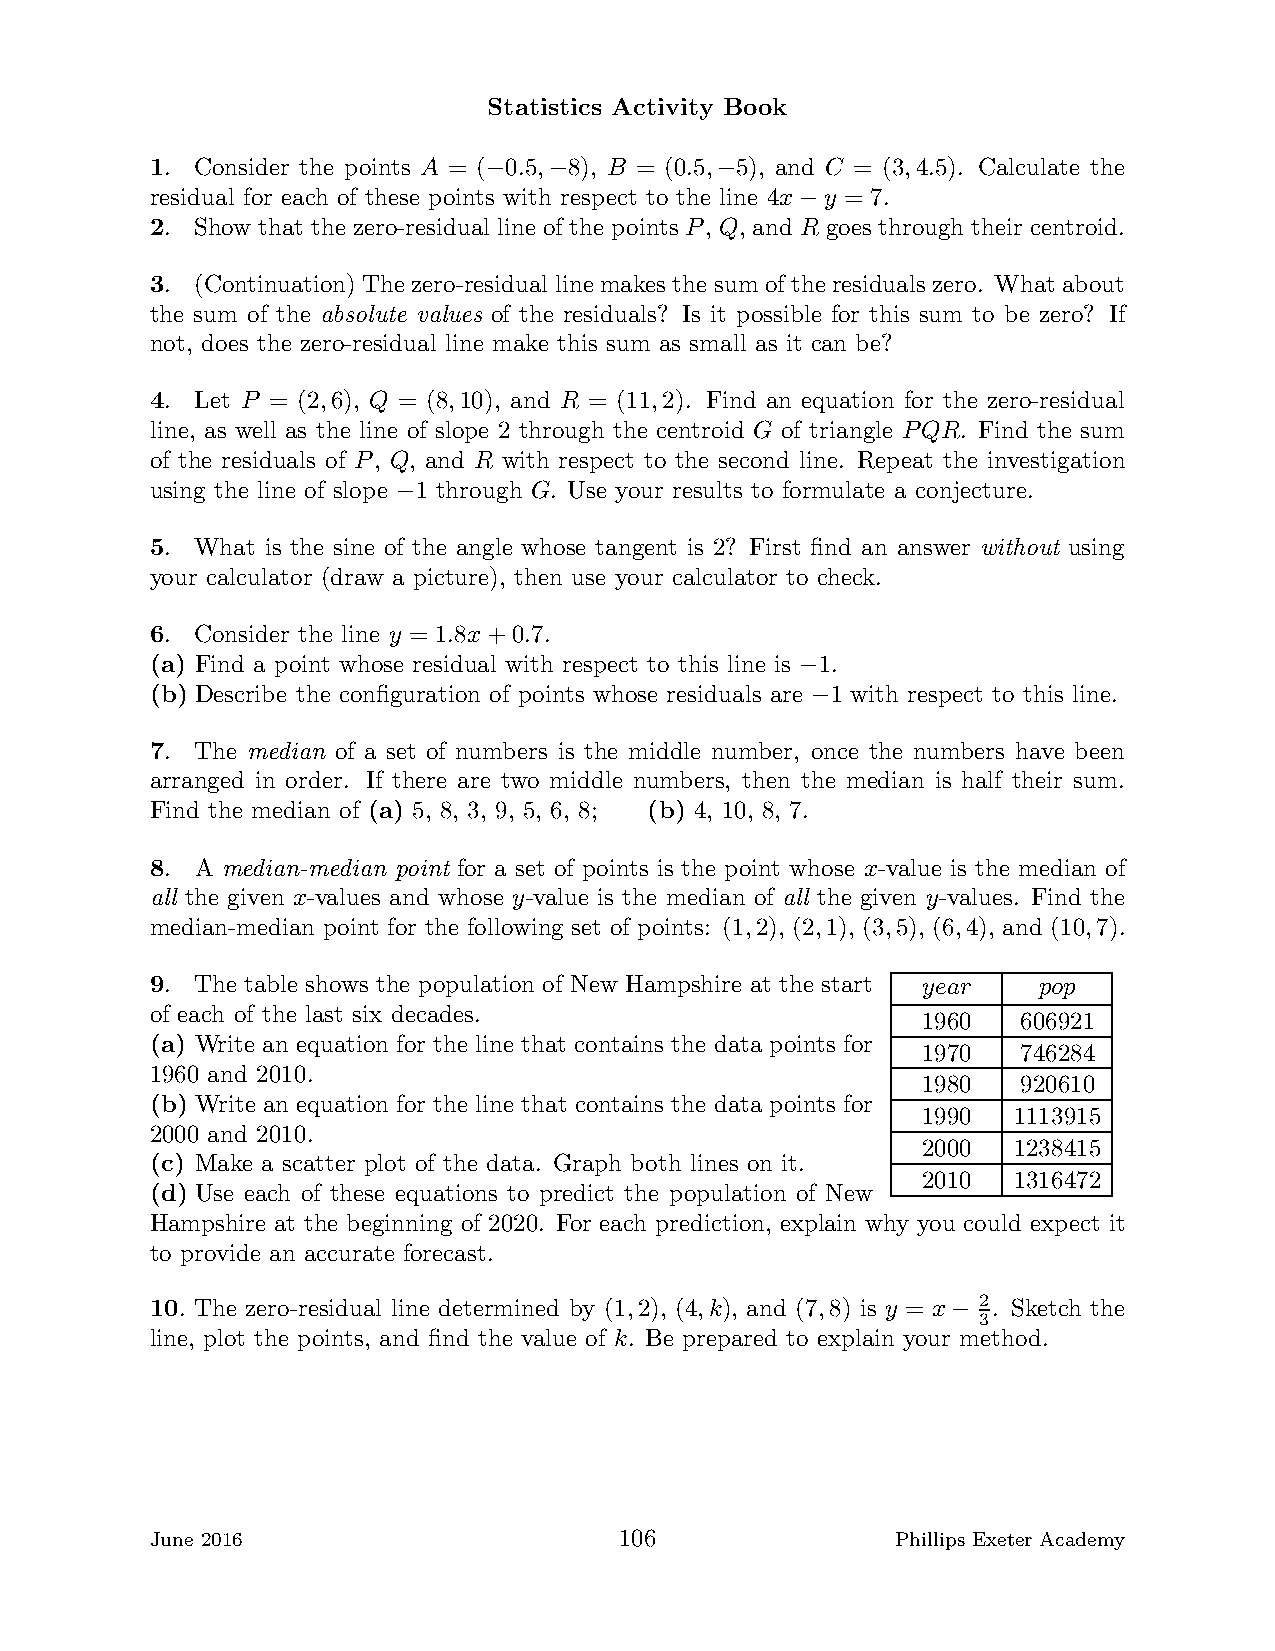
Statistics Activity Book
 1. Consider the points A = ( 0.5, 8), B = (0.5, 5), and C = (3,4.5). Calculate the
 −   −          −
 residual for each of these points with respect to the line 4x y = 7.
 −
 2. Show that the zero-residual line of the points P, Q, and R goes through their centroid.
 3. (Continuation) Thezero-residual linemakesthe sum ofthe residualszero. What about
 the sum of the absolute values of the residuals? Is it possible for this sum to be zero? If
 not, does the zero-residual line make this sum as small as it can be?
 4. Let P = (2,6), Q = (8,10), and R = (11,2). Find an equation for the zero-residual
 line, as well as the line of slope 2 through the centroid G of triangle PQR. Find the sum
 of the residuals of P, Q, and R with respect to the second line. Repeat the investigation
 using the line of slope 1 through G. Use your results to formulate a conjecture.
 −
 5. What is the sine of the angle whose tangent is 2? First find an answer without using
 your calculator (draw a picture), then use your calculator to check.
 6. Consider the line y = 1.8x+0.7.
 (a) Find a point whose residual with respect to this line is 1.
 −
 (b) Describe the configuration of points whose residuals are 1 with respect to this line.
 −
 7. The median of a set of numbers is the middle number, once the numbers have been
 arranged in order. If there are two middle numbers, then the median is half their sum.
 Find the median of (a) 5, 8, 3, 9, 5, 6, 8; (b) 4, 10, 8, 7.
 8. A median-median point for a set of points is the point whose x-value is the median of
 all the given x-values and whose y-value is the median of all the given y-values. Find the
 median-median point for the following set of points: (1,2), (2,1), (3,5), (6,4), and (10,7).
 9. The table shows the population of New Hampshire at the start year pop
 of each of the last six decades.
 1960   606921
 (a) Write an equation for the line that contains the data points for
 1970   746284
 1960 and 2010.
 1980   920610
 (b) Write an equation for the line that contains the data points for
 1990  1113915
 2000 and 2010.
 2000  1238415
 (c) Make a scatter plot of the data. Graph both lines on it.
 2010  1316472
 (d) Use each of these equations to predict the population of New
 Hampshire at the beginning of 2020. For each prediction, explain why you could expect it
 to provide an accurate forecast.
 2
 10. The zero-residual line determined by (1,2), (4,k), and (7,8) is y = x . Sketch the
 − 3
 line, plot the points, and find the value of k. Be prepared to explain your method.
 June 2016                      106               Phillips Exeter Academy